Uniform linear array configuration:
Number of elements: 4
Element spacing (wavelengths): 0.5
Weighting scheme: blackman
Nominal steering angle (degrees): -60
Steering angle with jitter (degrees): -60.411
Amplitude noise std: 0.05
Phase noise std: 0.05

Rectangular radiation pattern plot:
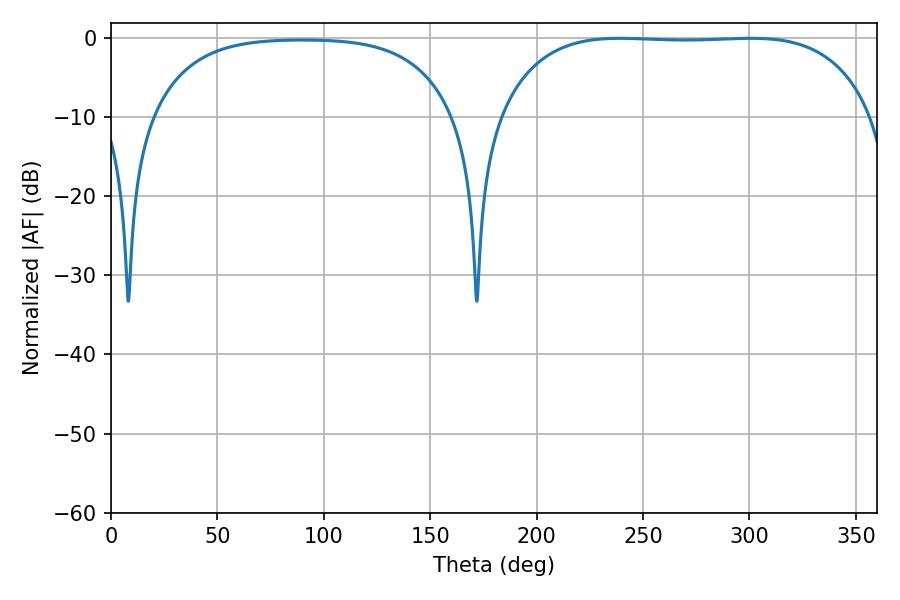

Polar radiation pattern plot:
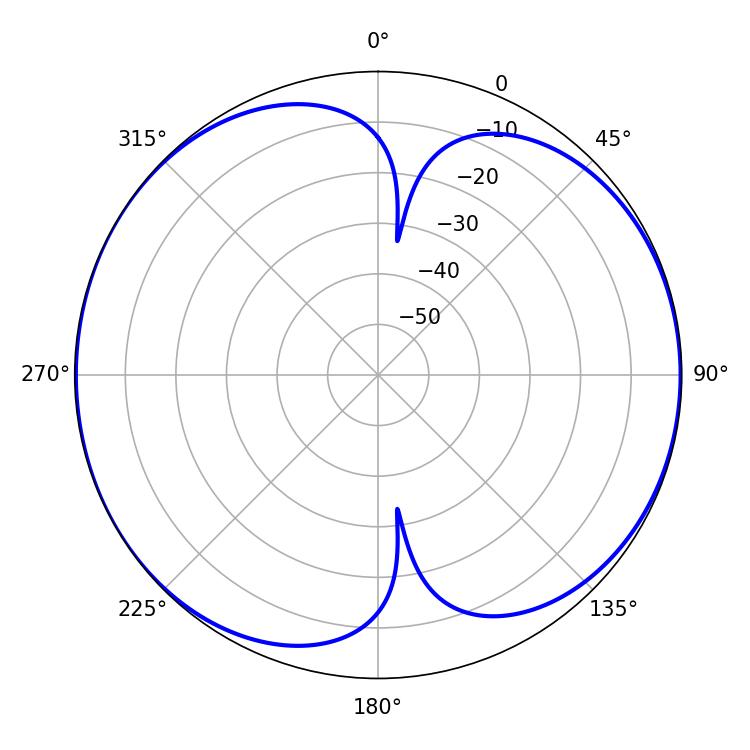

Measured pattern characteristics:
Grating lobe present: FALSE
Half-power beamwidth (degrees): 137.88
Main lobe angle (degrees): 239.22